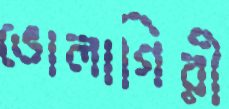
ভোলাগিরী